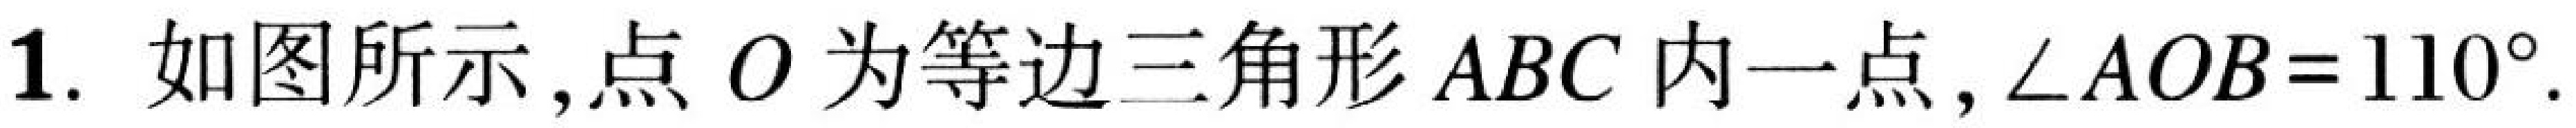
1. 如图所示,点 \(O\) 为等边三角形 \(ABC\) 内一点, \(\angle AOB = 110^{\circ}\).